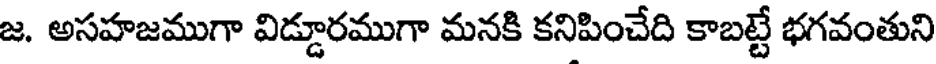
జ. అసహజముగా విడ్డూరముగా మనకి కనిపించేది కాబట్టే భగవంతుని